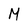
Character: M